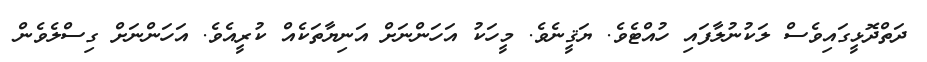
ދަތްދޮޅީގައިވެސް ލަކުނުލާފައި ހުއްޓެވެ. ޔަޤީނެވެ. މީހަކު އަހަންނަށް އަނިޔާތަކެއް ކުރީއެވެ. އަހަންނަށް ގިސްލެވެން